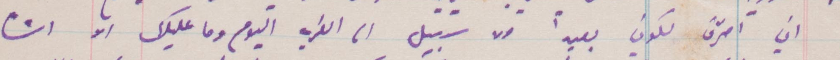
اني احترق لكوني بعيدًا ولا سبيل الى الغربة اليوم وما عليك الا ان